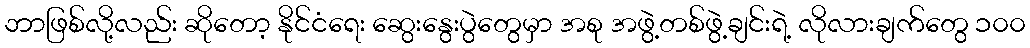
ဘာဖြစ်လို့လည်း ဆိုတော့ နိုင်ငံရေး ဆွေးနွေးပွဲတွေမှာ အစု အဖွဲ့တစ်ဖွဲ့ချင်းရဲ့ လိုလားချက်တွေ ၁၀၀